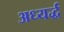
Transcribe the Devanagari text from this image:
अध्यर्द्ध